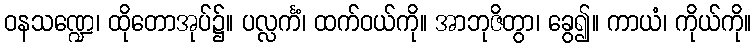
ဝနသဏ္ဍေ၊ ထိုတောအုပ်၌။ ပလ္လင်္ကံ၊ ထက်ဝယ်ကို။ အာဘုဇိတွာ၊ ခွေ၍။ ကာယံ၊ ကိုယ်ကို။